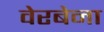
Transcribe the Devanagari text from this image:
वेरबेना